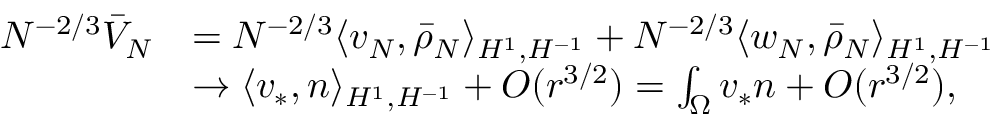
\begin{array} { r l } { N ^ { - 2 / 3 } \bar { V } _ { N } } & { = N ^ { - 2 / 3 } \langle v _ { N } , \bar { \rho } _ { N } \rangle _ { H ^ { 1 } , H ^ { - 1 } } + N ^ { - 2 / 3 } \langle w _ { N } , \bar { \rho } _ { N } \rangle _ { H ^ { 1 } , H ^ { - 1 } } } \\ & { \to \langle v _ { \ast } , n \rangle _ { H ^ { 1 } , H ^ { - 1 } } + O ( r ^ { 3 / 2 } ) = \int _ { \Omega } v _ { \ast } n + O ( r ^ { 3 / 2 } ) , } \end{array}